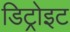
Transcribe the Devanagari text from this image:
डिट्रोइट